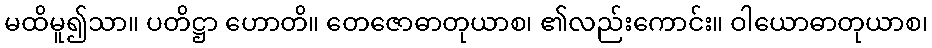
မထိမူ၍သာ။ ပတိဋ္ဌာ ဟောတိ။ တေဇောဓာတုယာစ၊ ၏လည်းကောင်း။ ဝါယောဓာတုယာစ၊